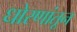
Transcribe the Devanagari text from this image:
धोरणांतून